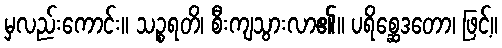
မှလည်းကောင်း။ သဉ္စရတိ၊ စီးကျသွားလာ၏။ ပရိစ္ဆေဒတော၊ ဖြင့်။